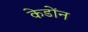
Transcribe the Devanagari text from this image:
केडोंन